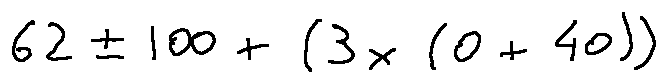
6 2 \pm 1 0 0 + ( 3 \times ( 0 + 4 0 ) )